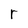
Character: r